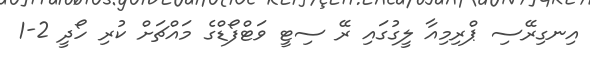
އިނގިރޭސި ޕްރިމިއާ ލީގުގައި ރޭ ސިޓީ ވަޓްފޯޑްގެ މައްޗަށް ކުރި ހޯދީ 2-1